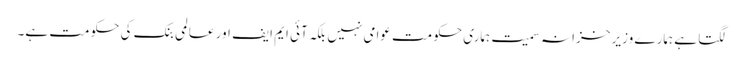
لگتا ہے ہمارے وزیر خزانہ سمیت ہماری حکومت عوامی نہیں بلکہ آئی ایم ایف اور عالمی بنک کی حکومت ہے۔